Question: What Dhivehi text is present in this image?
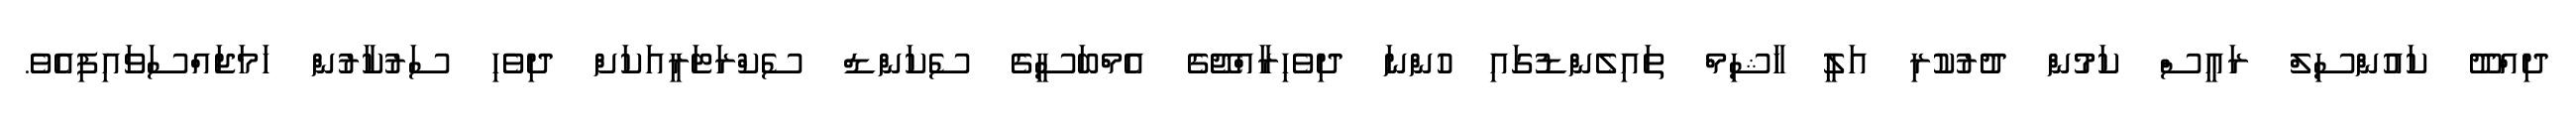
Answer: ދިއްދޫ ކައުންސިލް ރައީސް ކަމުން ދުރުކުރި އަލީ ހާޝިމް ތައިލެންޑުގައި ހުންނަ ދިވެހިރާއްޖޭގެ އެމްބަސީގެ ސެކަންޑް ސެކްރަޓަރީއަކަށް ދިވެހި ސަރުކާރުން ހަމަޖައްސަވައިފިއެވެ.